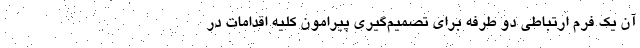
آن یک فرم ارتباطی دو طرفه برای تصمیم‌گیری پیرامون کلیه اقدامات در